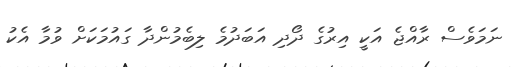
ނަމަވެސް ރާއްޖެ އަކީ އިރުގެ ދޯދި އަބަދުމެ ލިބެމުންދާ ގައުމަކަށް ވުމާ އެކު